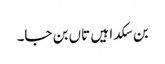
بن سکدا ہیں تاں بن جا۔